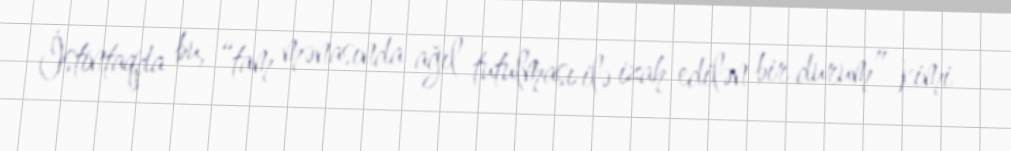
İstintaqda bu, “tam mənasında ağıl tutulması ilə izah edilən bir durum” kimi